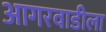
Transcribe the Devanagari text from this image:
आगरवाडीला